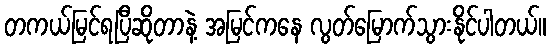
တကယ်မြင်ရပြီဆိုတာနဲ့ အမြင်ကနေ လွတ်မြောက်သွားနိုင်ပါတယ်။